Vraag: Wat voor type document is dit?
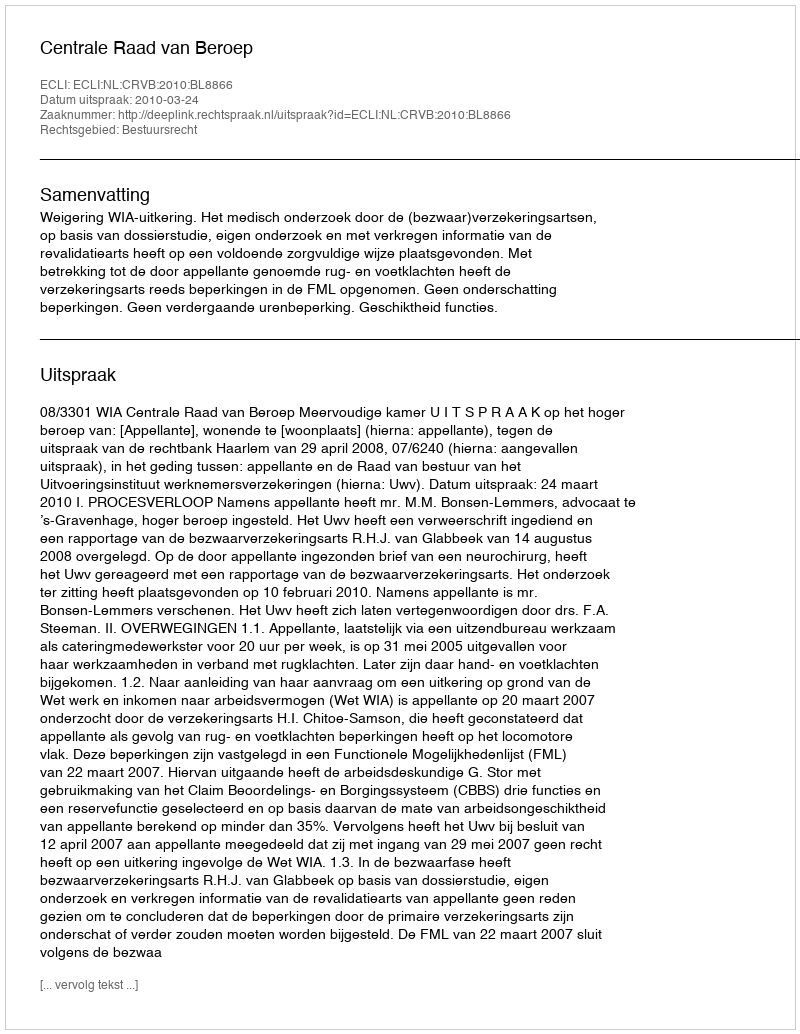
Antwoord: Uitspraak